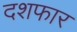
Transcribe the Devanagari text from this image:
दशफार